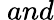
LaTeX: \ and